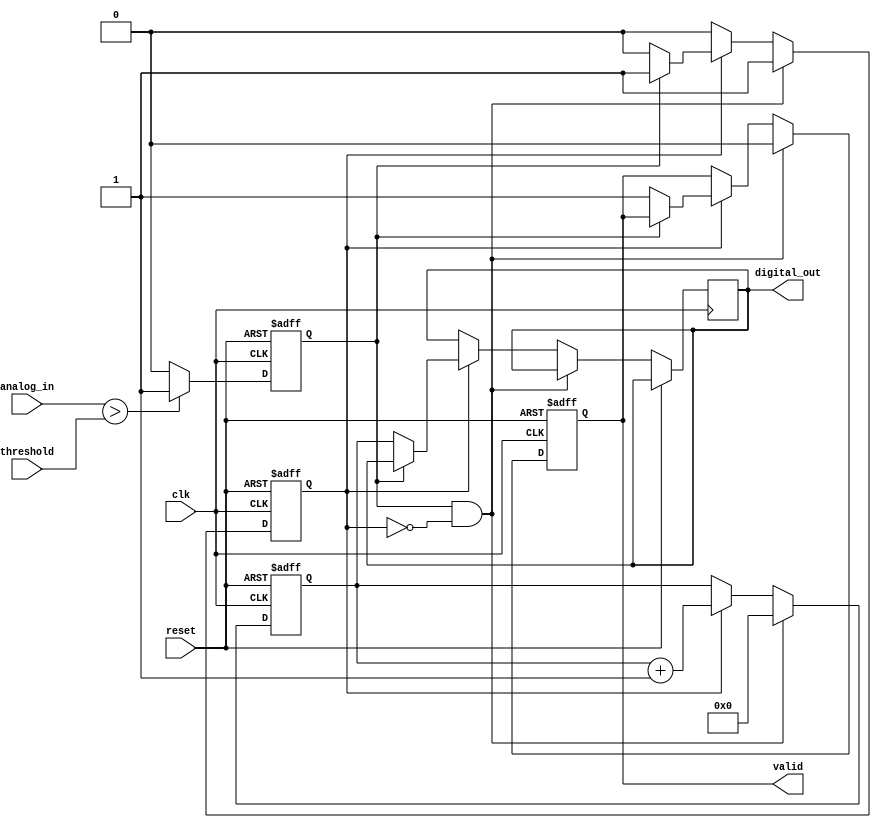
module ATDC (
    input wire clk,             // High-frequency sampling clock
    input wire reset,           // Asynchronous reset
    input wire analog_in,       // Analog input signal (assumed to be 1-bit for simplicity)
    input wire threshold,       // Threshold level for comparison (1-bit)
    output reg [15:0] digital_out, // 16-bit digital output for time measurement
    output reg valid           // Output valid signal
);

    reg counting;               // Counting state
    reg [15:0] counter;         // 16-bit counter for time measurement
    reg start_measurement;      // Start measurement signal

    // Comparator to detect when analog_in crosses the threshold
    always @(posedge clk or posedge reset) begin
        if (reset) begin
            start_measurement <= 1'b0;
        end else if (analog_in > threshold) begin
            start_measurement <= 1'b1; // Start measuring when threshold is crossed
        end else begin
            start_measurement <= 1'b0; // Stop measuring when below threshold
        end
    end

    // Time Measurement Logic
    always @(posedge clk or posedge reset) begin
        if (reset) begin
            counting <= 1'b0;
            counter <= 16'b0;
            valid <= 1'b0;
        end else begin
            if (start_measurement && !counting) begin
                counting <= 1'b1; // Start counting
                counter <= 16'b0; // Reset counter
                valid <= 1'b0;    // Reset valid signal
            end else if (counting) begin
                counter <= counter + 1; // Increment counter on each clock cycle
                if (!start_measurement) begin
                    counting <= 1'b0; // Stop counting when no longer measuring
                    digital_out <= counter; // Latch counter value to output
                    valid <= 1'b1; // Indicate that output is valid
                end
            end
        end
    end

endmodule